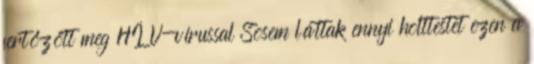
fertőzött meg HÍV-vírussal Sosem láttak ennyi holttestet ezen a